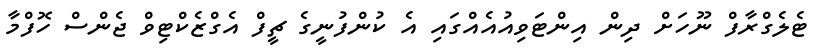
ޓެލެގްރާފް ނޫހަށް ދިން އިންޓަވިއުއެއްގައި އެ ކުންފުނީގެ ޗީފް އެގްޒެކްޓިވް ޖެންސް ހޮފްމާ